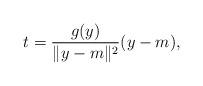
LaTeX: \begin{align*}t=\frac{g(y)}{\Vert y-m\Vert^{2}}(y-m), \end{align*}